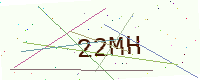
Text: 22MH